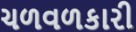
ચળવળકારી